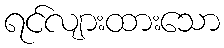
ရင်လျားထားသော